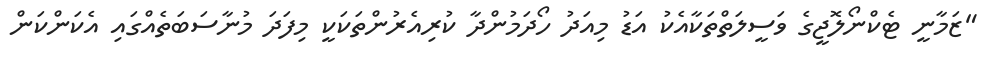
"ޒަމާނީ ޓެކްނޯލޮޖީގެ ވަސީލަތްތަކާއެކު އަޑު މިއަދު ހޯދަމުންދާ ކުރިއެރުންތަކަކީ މިފަދަ މުނާސަބަތެއްގައި އެކަންކަން